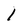
Character: 1